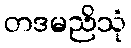
တဒမညိသုံ